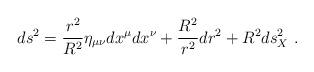
LaTeX: \begin{align*}ds^2 = \frac{r^2}{R^2} \eta_{\mu\nu} dx^\mu dx^\nu + \frac{R^2}{r^2}dr^2 + R^2 ds_X^2\ . \end{align*}